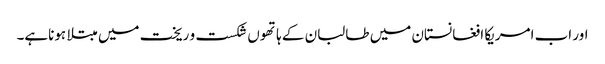
اور اب امریکا افغانستان میں طالبان کے ہاتھوں شکست و ریخت میں مبتلا ہوناہے۔